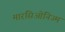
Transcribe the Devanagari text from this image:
मारसिओनिज्म